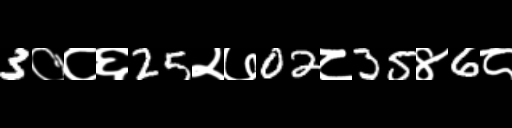
Text: 3०८६25२७02८35४6८